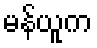
မန်ယူက